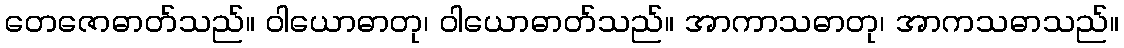
တေဇောဓာတ်သည်။ ဝါယောဓာတု၊ ဝါယောဓာတ်သည်။ အာကာသဓာတု၊ အာကသဓာသည်။